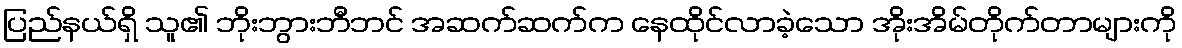
ပြည်နယ်ရှိ သူ၏ ဘိုးဘွားဘီဘင် အဆက်ဆက်က နေထိုင်လာခဲ့သော အိုးအိမ်တိုက်တာများကို